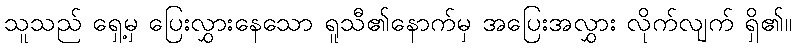
သူသည် ရှေ့မှ ပြေးလွှားနေသော ရူသီ၏နောက်မှ အပြေးအလွှား လိုက်လျက် ရှိ၏။